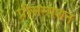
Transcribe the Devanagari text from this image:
प्रीसम्पशन